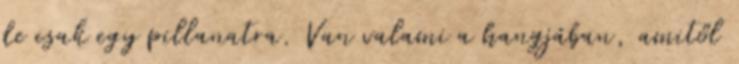
de csak egy pillanatra. Van valami a hangjában, amitől